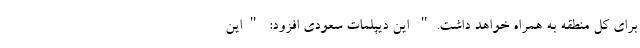
برای کل منطقه به همراه خواهد داشت." این دیپلمات سعودی افزود: "این